Bréfritari: Jakobína Jónsdóttir
Viðtakandi: Sólveig Jónsdóttir
Dagsetning: A-1859-01-14
Skrifað á: Hólmum  S-Múl.
systir bréfviðtakanda

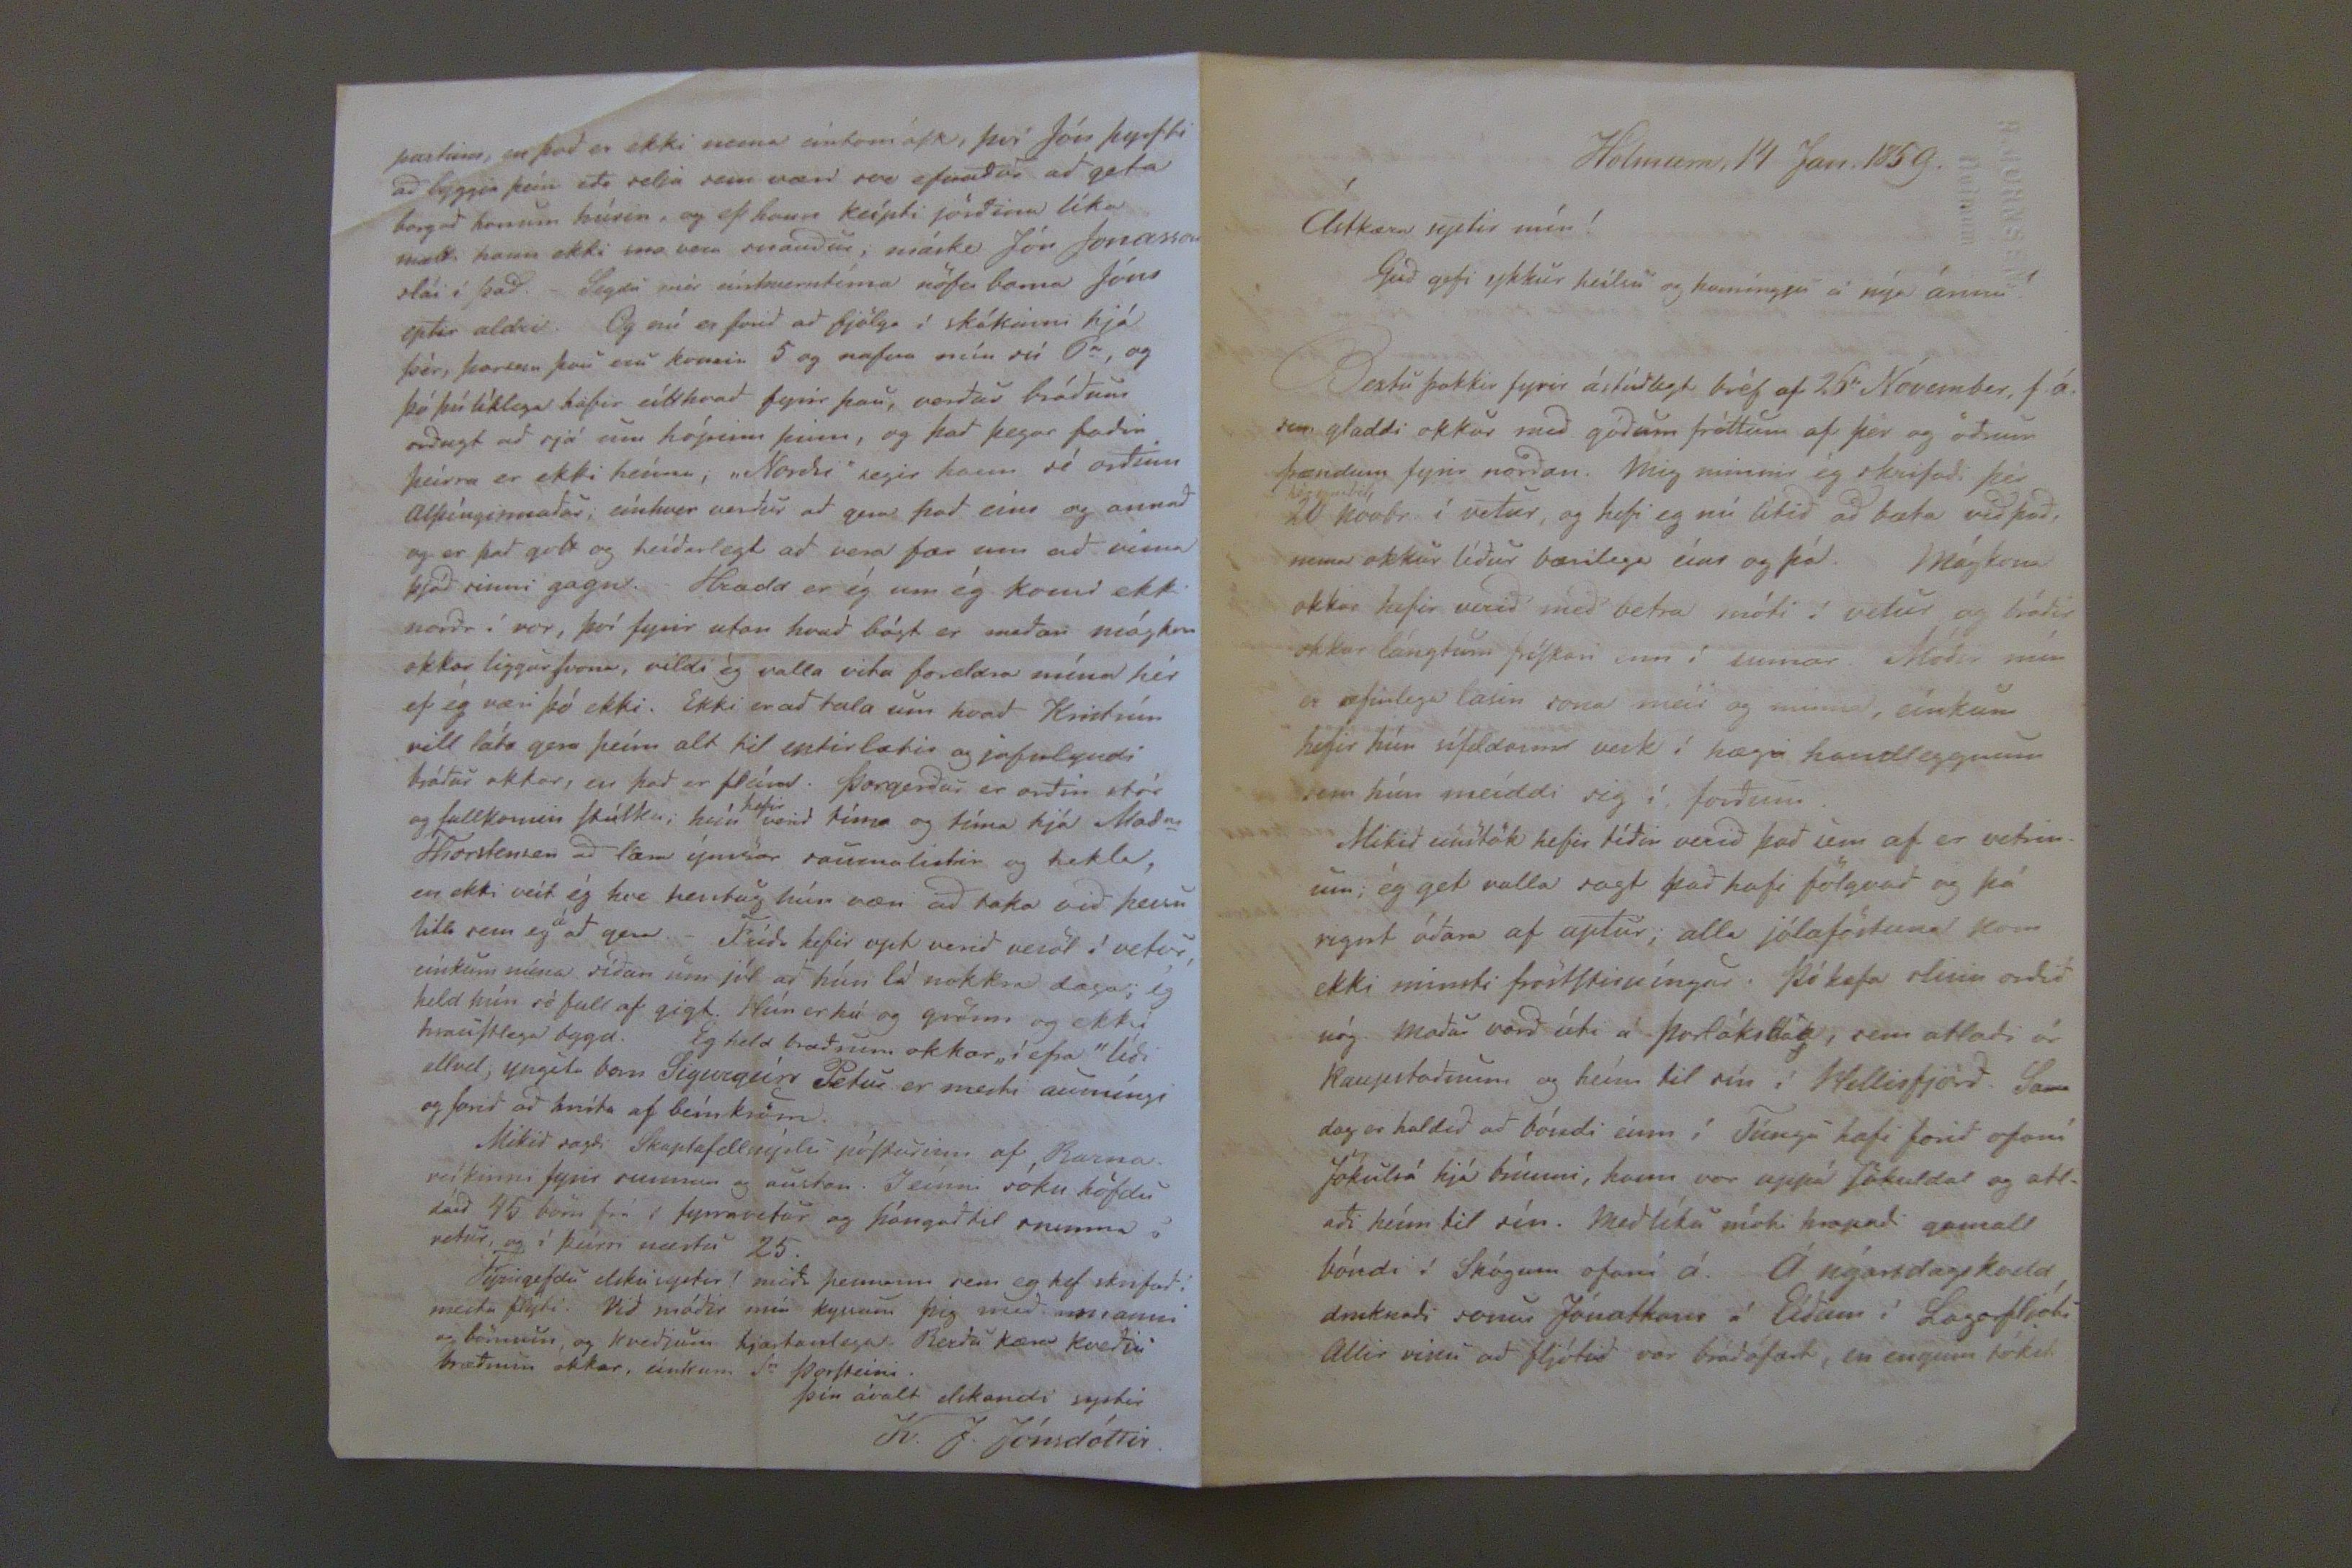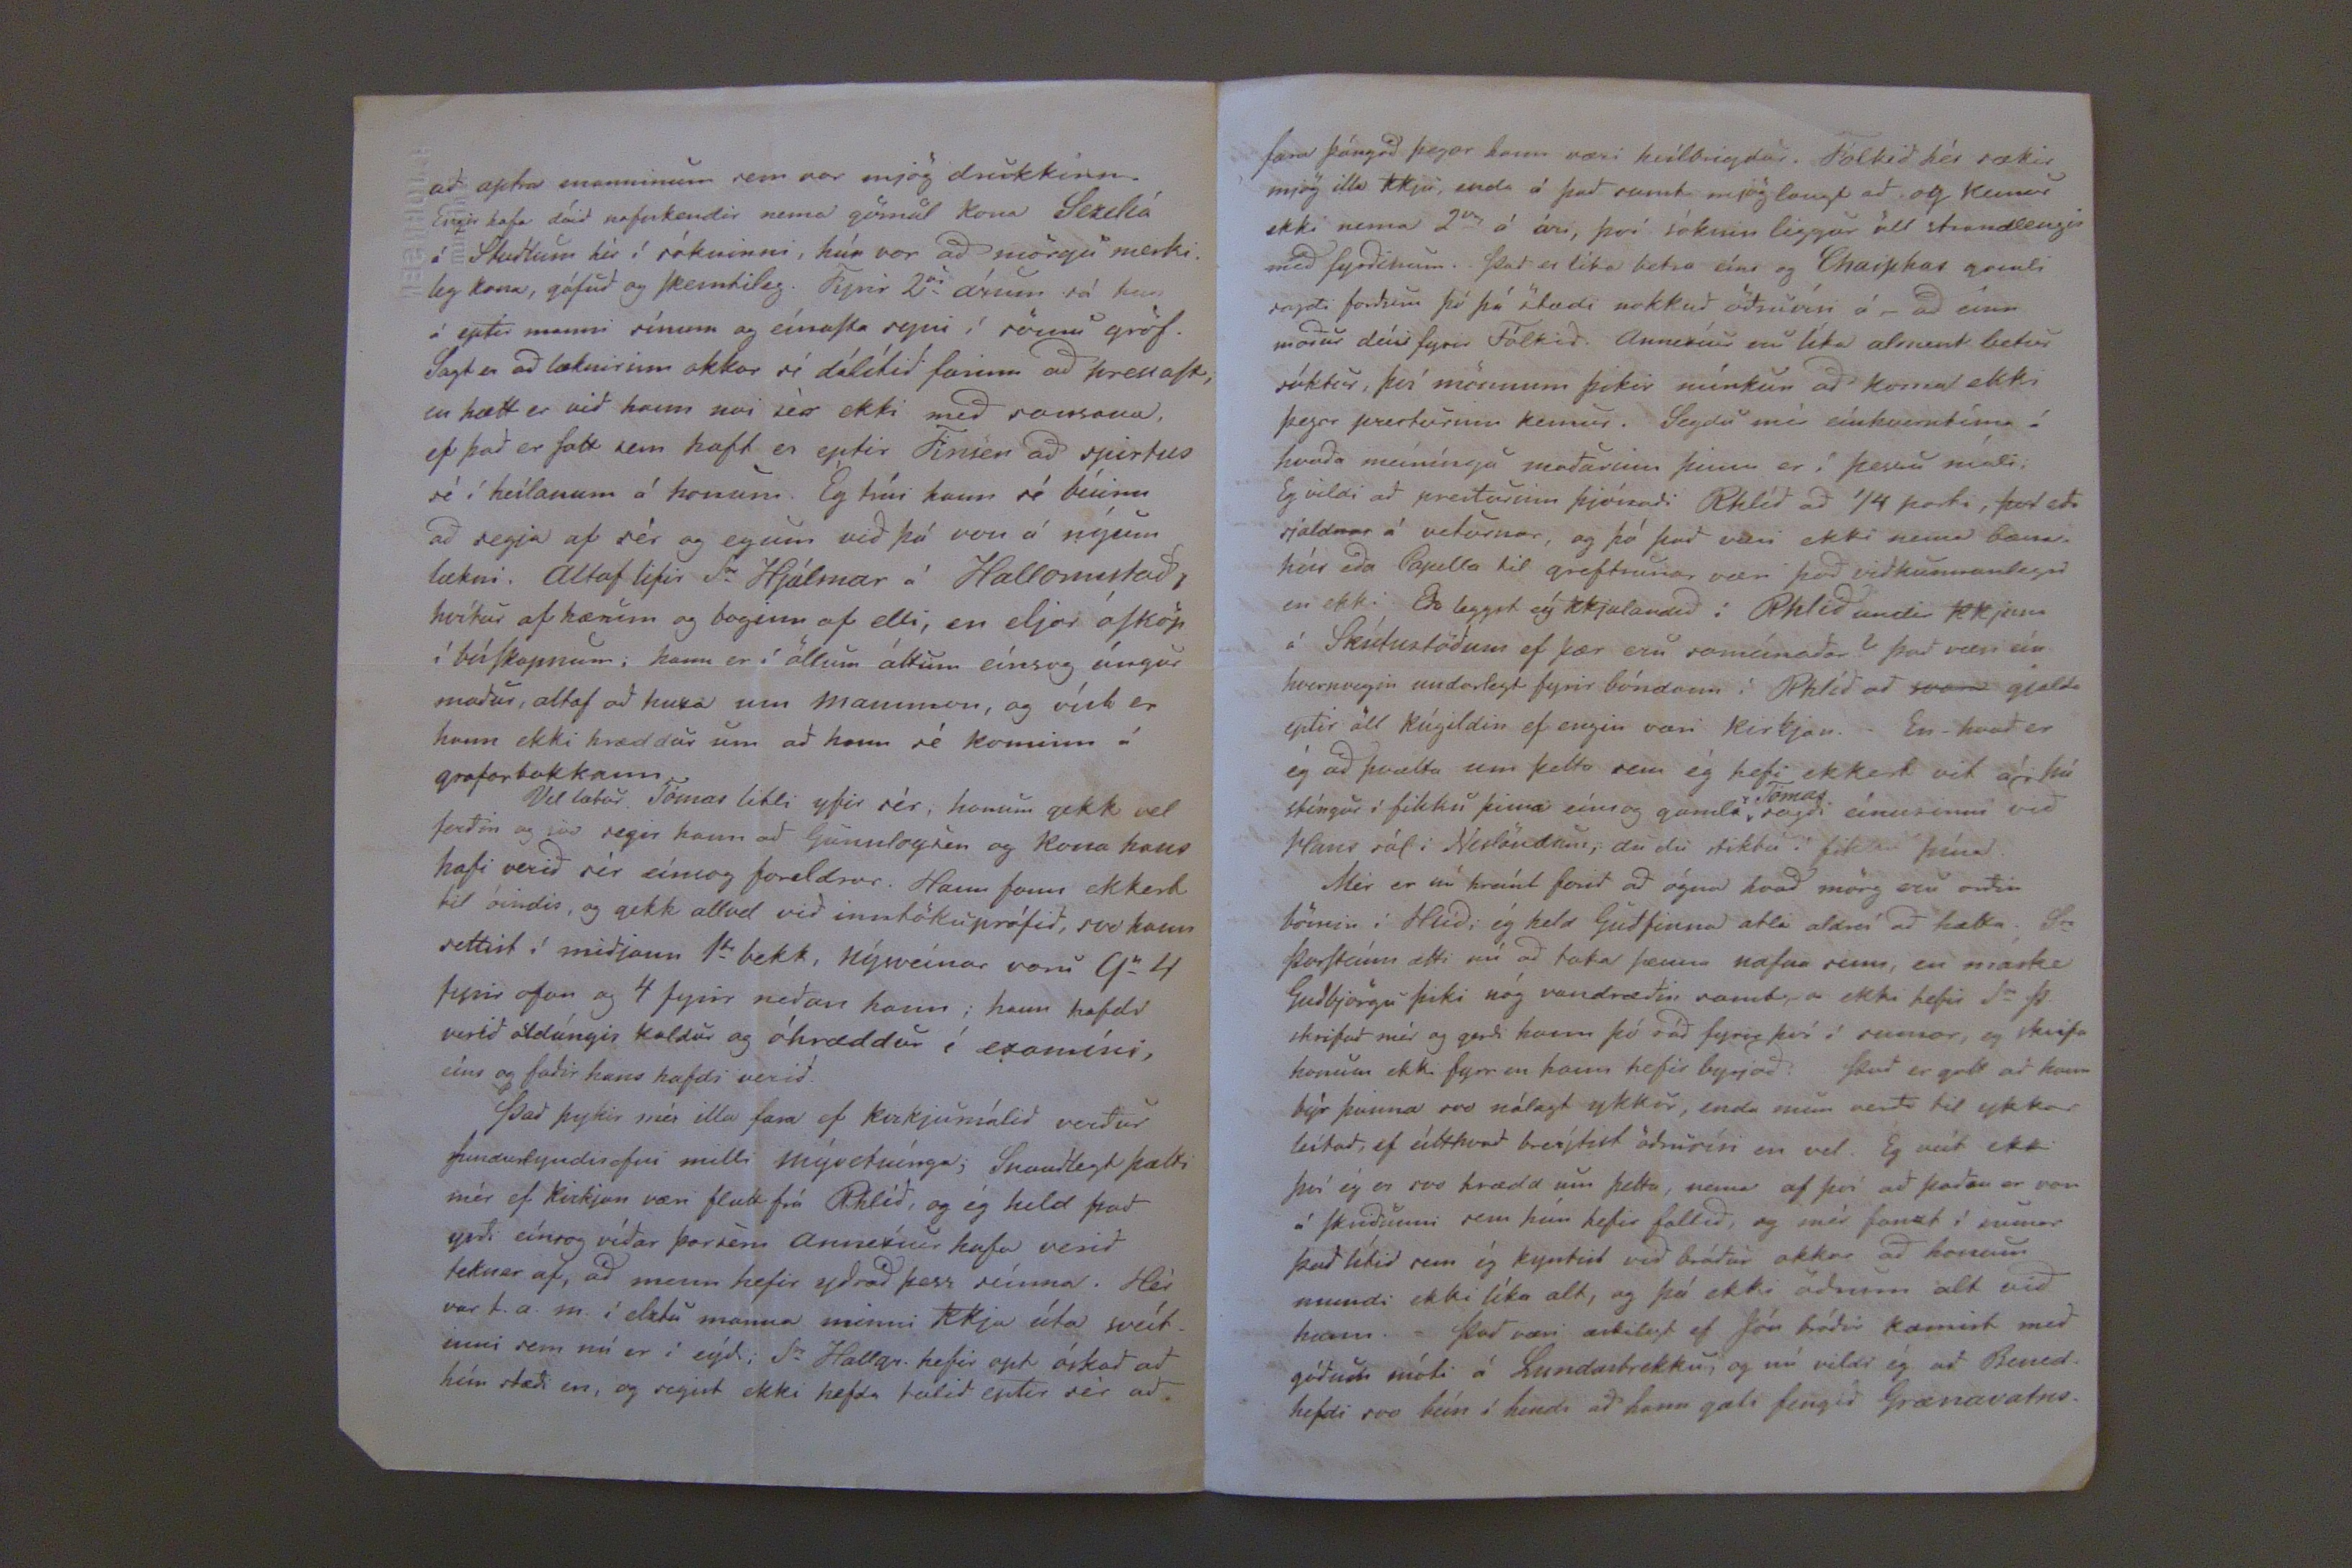

Hólmum 14 Jan. 1859.
Ástkæra systir mín!
Gud gifi ykkur heílsu og hamíngju á nýa árinu!
Bestu þakkir fyrir ástúdlegt bréf af 26
ta
Nóvember, f.á. sem gladdi okkur med gódum fréttum af þér og ödrum frændum fyrir nordan. Mig minnir ég skrifadi þér 20 Nóvbr. í vetur, og hefi eg nú lítid ad bæta vid þad, nema okkur lídur bærilega eíns og þá. Mágkona okkar hefir verid med betra móti í vetur og bródir okkar lángtum fríSkari enn í sumar. Módir mín er æfinlega lasin sona meír og minna, eínkum hefir hún sífeldann verk í hægri handleggnum sem hún meíddi sig í fordum.
Mikid eínstök hefir tídir verid þad sem af er vetrinum; ég get valla sagt þad hafi fjölgvad og þá rignt ádan af aptur; alla jólaföstuna kom ekki minsti
?
. Þó hafa slisin ordid nóg. Madur vard úti á Þorláksdag, sem ætladi úr Kaupstadnum og heím til sín í Mellisfjörd. Sama dag er haldid ad bóndi eínn í Túngu hafi farid ofaní Jökulsá hjá brúnni, hann var uppá Jökuldar og ætladi heím til sín. Med líka mátu hrapadi gamall bóndi í Skógum ofaní á. Á nýarsdagskadd, druknadi sonur Jónathans á Eídum í Lagarfljóti. Allir vissu ad fljótid var brádafært, en engum tókst
ad aptra manninum sem var mjög drukkinn. Engir hafa dáid nafnkendir nema gömul kona Sezelía á Studlum hér í sókninni, hún var ad mörgu merkileg kona, gáfud og Skemtileg. Fyrir 2ur árum sá hun á eptir manni sínum og eínaSta ryni í sömu gröf. Sagt er ad læknirinn okkar sé dálítid farinn ad hressaSt, en hætt er vid hann nai sér ekki med
sansanu
, ef þad er Satt sem haft er eptir Finsen ad
spirtus
sé í heílanum á honum. Ég trúi hann sé búinn ad segja af sér og egum vid þá von á nýum lækni. Altaf lifir Sr Hjálmar á Hallormstad, hvítur af hærum og boginn af elli, en eljar óSköp í búSkapnum; hann er í öllum áttum eínsog úngur madur, altaf ad huxa um
manninn
, og víst er hann ekki hræddur um ad hann sé kominn á grafarbakkann.
Vil lætur Tómas litli yfir sér, honum gekk vel ferdin og svo segir hann ad Gunnlagur og kona hans hafi verid sér eínsog foreldrar. Hann fann ekkert til óindis, og gekk allvel vid inntökuprófid, svo hann settist í midjann 1
ta
bekk, nýsveínar voru 9"4 fyrir ofan og 4 fyrir nedan hann; hann hafdi verid öldungis kaldur og óhræddur í ezamíni, eíns og fadir hans hafdi verid.
Þad þykir mér illa fara ef kirkjumálid verdur fundarlyndisefni milli Mývetnínga; Snaudlegt þætti mér ef kirkjan væri flutt frá Rhlíd, og ég held þad yrdi eínsog vídar þarsem
annexíur
hafa verid teknar af, ad menn hefir ydrad þess seínna. Hér var t.a.m. í elztu manna minni
Kkja
úta sveítinni sem nú er í eýdi; Sr Hallgr. hefir opt óskad ad hún stædi en, og segist ekki hefda talid eptir sér ad
partinn, en þad er ekki nema eíntom óSk, því Jón þyrfti ad byggja
þeín
, og ef hann keípti jördina líka mætti hann ekki svo vera snaudur; máske Jón Jonasson slái í þad. Segdu mér eínhverntíma nöfn barna Jóns eptir aldri. Og nú er farid ad fjölga í skákinni hjá þér, þarsem þau eru komin 5 og nafna mín sú 6
ta
, og þó þú líklega hafir eítthvad fyrir þau, verdur brádum ordugt ad sjá um hópinn þinn, og þad þegar fadir þeírra er ekki heíma, "Nordri" segir hann sé ordinn alþíngismadur, eínhver verdur ad gera þad eíns og annad og er þad gott og heídarlegt ad vera fær um ad vinna þjód sinni gagn. Hrædd er ég um ég komi ekki nordr í vor, því fyrir utan hvad bágt er medan mágkon okkar liggur Svona, vildi ég valla vita foreldra mína hér ef ég væri þó ekki. Ekki er ad tala um hvad Kristrún vill láta gera þeím alt til eptirlætis og jafnlyndi bródur okkar, en þar er fleíra. Þorgerdur er ordin stór og fullkomin Stúlka; hún
hefir
verid tíma og tíma hjá Mad
m
Thorstensen ad læra ýmsar saumalistir og hekla, en ekki veít ég hve hentug hún væri ad taka vid þessu litla sem eg
á
ad gera. Frída hefir opt verid vesöl í vetur, eínkum núna sídan um jól ad hún lá nokkra daga; ég held hún sé full af gigt. Hún er há og grönn og ekki hrauStlega bygd. Eg held brædrum okkar " í efra" lídi allvel; yngsta barn Sigurgeírs Petur er mesti aumíngi og farid ad hníta af beínkröm.
Mikid sagdi Skaptafellssýslu póSturinn af Barnaveíkinni fyrir sunnan og austan. Seínni sókn höfdu dáid 45 börn frá í fyrravetur og þángad til snemma í vetur, og í þeírri næstu 25.
Fyrirgefdu elsku systir! mida þessum sem eg hef skrifad i mesta flýti. Cid módir mín kyssum þig med manni og börnum og kvedju hjartanlega. Berdu kæra kvedju brædrum okkar, einkum Sr Þorsteini.
Þín ávalt elskandi systir
K.J. Jónsdóttir.
fara þángad þegar hann væri heílbrigdur. Fólkid hér sækir mjög illa Kkju, enda á þad samt mjög langt ad og kemur ekki nema 2
var
á ári, því sóknin liggur öll strandlengir med fyrdinum. Þad er líka betra eíns og
Chaiphar
gamli sagdi fordum þó þá stædi nokkud ödruvísi á ad eínn madur deíi fyrir Fólkid. Annexíur eru líka alment betur síktur, því mönnum þikir mínkun ad koma ekki þegar presturinn kemur. Segdu mér eínhverntíma á hvada meíníngu madurinn þinn er í þessu máli; Eg vildi ad presturinn þjónadi Rhlíd ad 1/4 parti,
því
eda sjaldnar á veturnar, og þó þad væri ekki nema bænahús eda Bjalla til greftrunar væri þad vidkunnanlegri en ekki. En leggst eý Kkjulandid í Rhlíd undi Kkjinu á Skútustödum ef þær eru sameínadar? Þad væri eínhvernvegin undarlegt fyrir bóndann í Rhlíd ad
svara
gjalda eptir öll kúgildin ef engin væri kirkjan. En hvad er ég ad þvælta um þetta sem ég hefi ekkert vit á, þú stíngur í fikku þina eíns og gamli
Tómas
sagdi eínusinni vid Hans sál i Neslöndum, du du stikku i
fiktu
þína.
Mér er nú hreínt farid ad ógna hvad mörg eru ordin börnin í Hlíd; ég held Gudfinna ætli aldreí ad hætta. Sr ÞorSteínn ætti nú ad taka þenna nafna sinn, en máske Gudvjörgu þiki nóg vandrædin samt, a ekki hefir Sr Þ. skrifad mér og gerdi hann þó rád fyrir því í sumar, eg skrifa honum ekki fyrr en hann hefir byrjad.
Þad er gott ad hann býr þanna svo nálægt ykkur, enda mun verda til ykkar leítad, ef eítthvad breítist ödruvísi en vel.
Ég veít ekki því ég er svo hrædd um þetta, nema af því ad þadan er von á Skridunni sem hún hefir fallid, og mér fanst í sumar þad lítid sem ég kyntist vid bródur okkar ad honum mundi ekki líka alt, og þú ekki ödrum alt vid hann. Þad væri æskilegt ef Jón bródir kæmist med gódum móti á Lundarbrekku, og nú vildi ég ad Bened. hefdi svo beín í hendi ad hann gæti fengid Grænavatns-